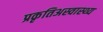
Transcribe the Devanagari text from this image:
प्रकृतिअस्वास्थ्य